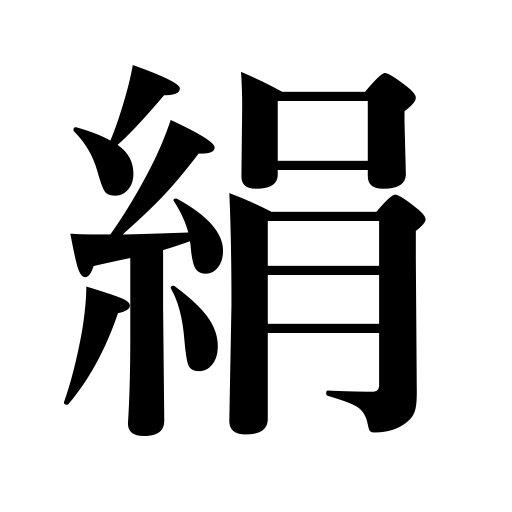
Meanings: silk,silk thread